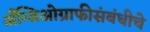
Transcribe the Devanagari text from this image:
अँन्जिओग्राफीसंबंधीचे